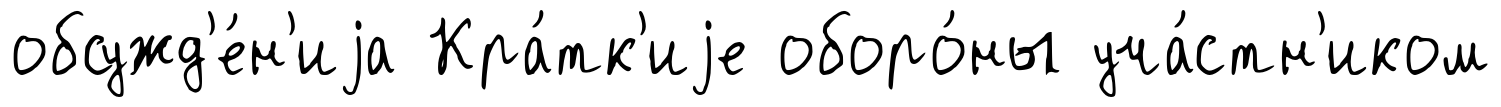
обсужд'е́н'иjа Кра́тк'иjе оборо́ны уча́стн'иком